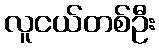
လူငယ်တစ်ဦး